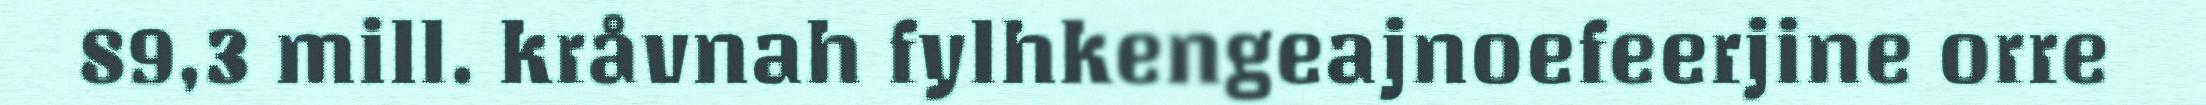
89,3 mill. kråvnah fylhkengeajnoefeerjine orre